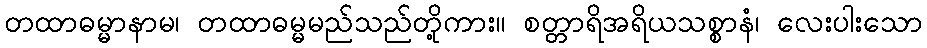
တထာဓမ္မာနာမ၊ တထာဓမ္မမည်သည်တို့ကား။ စတ္တာရိအရိယသစ္စာနံ၊ လေးပါးသော